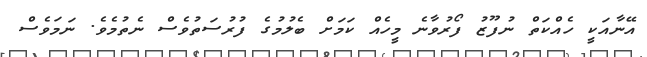
އޭނާއަކީ ހެއްކަތް ނުފޫޒު ފޯރުވާނެ މީހެއް ކަމަށް ބެލުމުގެ ފުރުސަތުވެސް ނެތުމެވެ. ނަމަވެސް